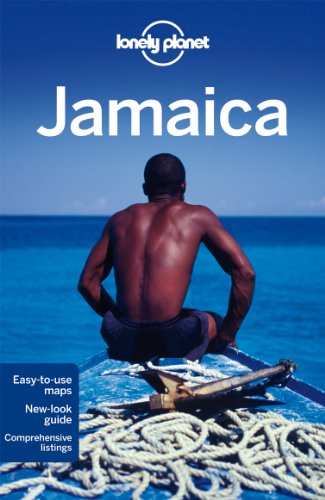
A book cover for Lonely Planet Jamaica (Travel Guide); Lonely Planet; Travel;